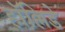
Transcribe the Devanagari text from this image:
हॉल्लिडे